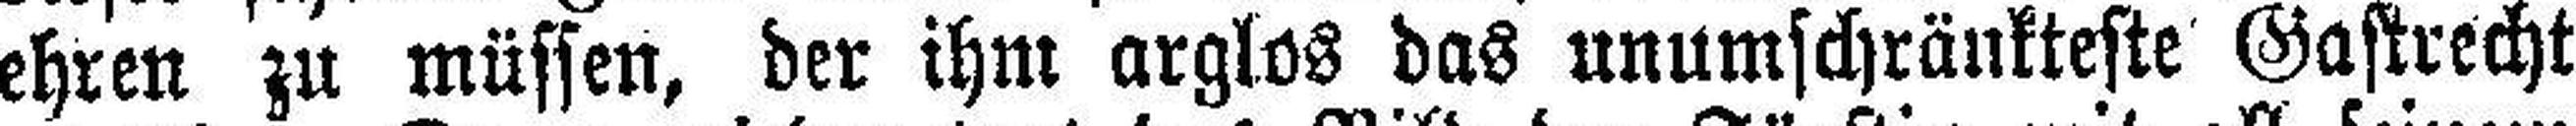
ehren zu müssen, der ihm arglos das unumschränkteste Gastrecht